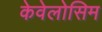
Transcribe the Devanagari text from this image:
केवेलोसिम